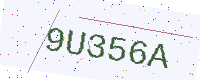
Text: 9U356A